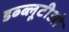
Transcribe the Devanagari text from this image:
डब्ब्लूटीओ